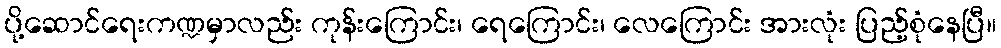
ပို့ဆောင်ရေးကဏ္ဍမှာလည်း ကုန်းကြောင်း၊ ရေကြောင်း၊ လေကြောင်း အားလုံး ပြည့်စုံနေပြီ။